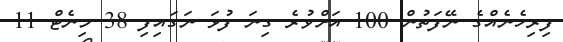
ފިރިހެނެއްގެ ނޭފަތުން 100 އަށްވުރެ ގިނަ ފުޅަ ނަގައިފި 38 މިނެޓް 11